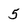
Character: 5